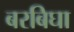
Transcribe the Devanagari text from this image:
बरबिघा